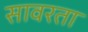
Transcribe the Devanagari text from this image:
सावरता